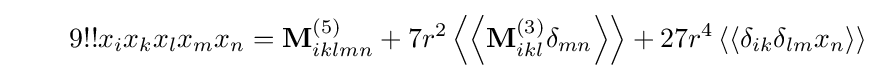
\qquad 9!!x_{i}x_{k}x_{l}x_{m}x_{n}=\mathbf {M} _{iklmn}^{(5)}+7r^{2}\left\langle \left\langle \mathbf {M} _{ikl}^{(3)}\delta _{mn}\right\rangle \right\rangle +27r^{4}\left\langle \left\langle \delta _{ik}\delta _{lm}x_{n}\right\rangle \right\rangle